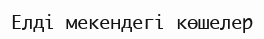
Елді мекендегі көшелер